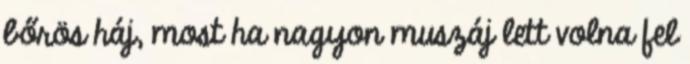
bőrös háj, most ha nagyon muszáj lett volna fel